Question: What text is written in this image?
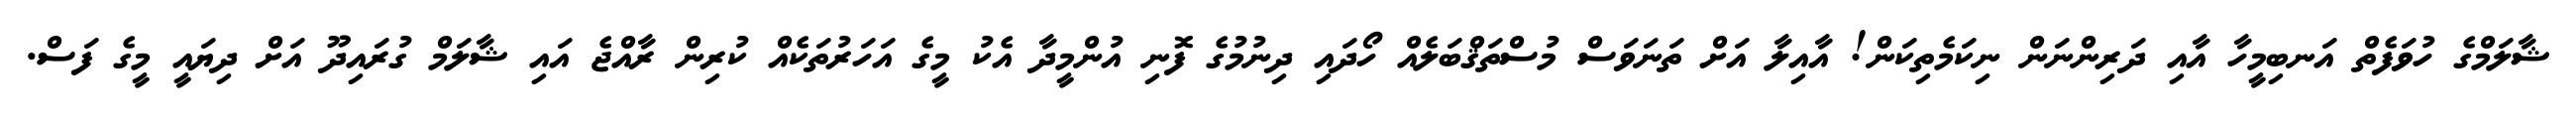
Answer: ޝާލަމްގެ ހުވަފެތް އަނބިމީހާ އާއި ދަރިންނަން ނިކަމެތިކަން! އާއިލާ އަށް ތަނަވަސް މުސްތަޤްބަލެއް ހޯދައި ދިނުމުގެ ފޮނި އުންމީދާ އެކު މީގެ އަހަރުތަކެއް ކުރިން ރާއްޖެ އައި ޝާލަމް ގުރައިދޫ އަށް ދިޔައީ މީގެ ފަސް.